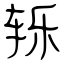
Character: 轹